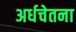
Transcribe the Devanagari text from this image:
अर्धचेतना